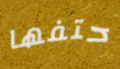
حتفها